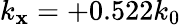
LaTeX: k_{\mathbf{x}}=+0.522k_{0}